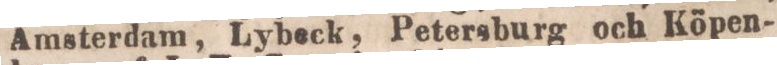
Amsterdam, Lybeck, Petersburg och Köpen-